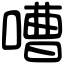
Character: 嘈